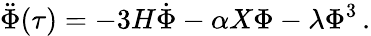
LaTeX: \ddot{\Phi}(\tau)=-3H\dot{\Phi}-\alpha X\Phi-\lambda\Phi^{3}\, .